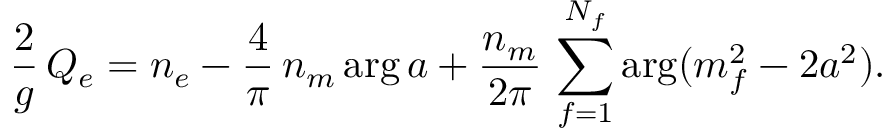
{ \frac { 2 } { g } } \, Q _ { e } = n _ { e } - { \frac { 4 } { \pi } } \, n _ { m } \arg a + { \frac { n _ { m } } { 2 \pi } } \, \sum _ { f = 1 } ^ { N _ { f } } \arg ( m _ { f } ^ { 2 } - 2 a ^ { 2 } ) .